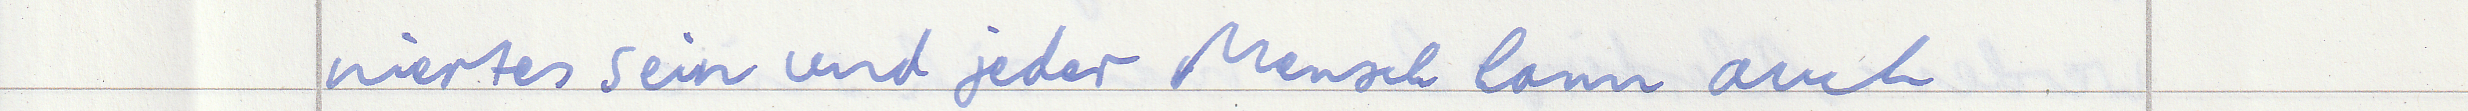
niertes sein und jeder Mensch kann auch